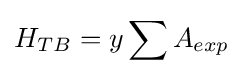
H_{TB}=y\sum A_{exp}